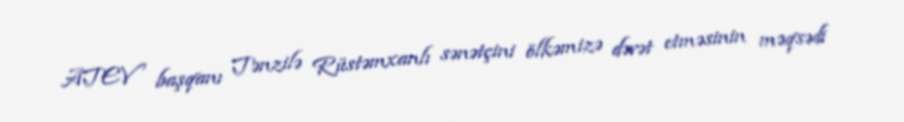
ATEV başqanı Tənzilə Rüstəmxanlı sənətçini ölkəmizə dəvət etməsinin məqsədi